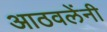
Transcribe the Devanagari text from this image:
आठवलेंनी